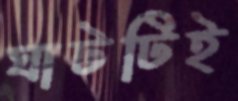
ঘাটটিই